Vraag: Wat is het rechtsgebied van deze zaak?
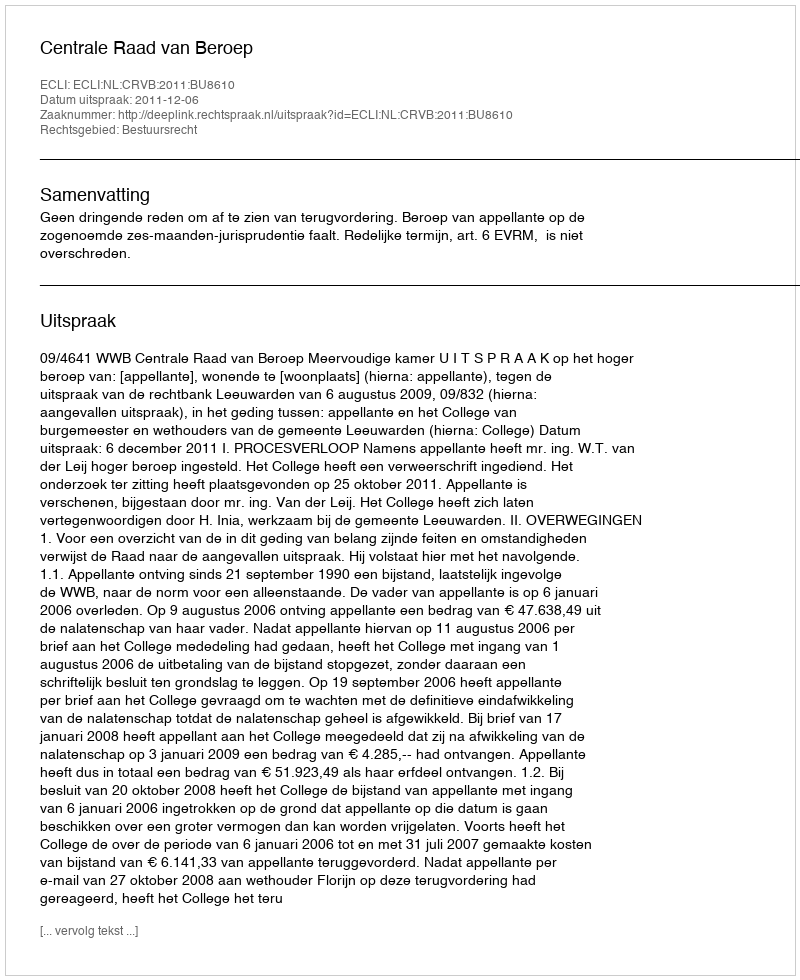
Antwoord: Bestuursrecht